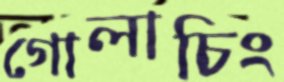
গোলাচিং